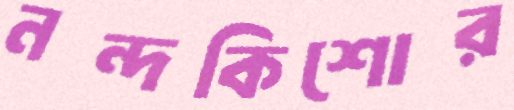
নন্দকিশোর